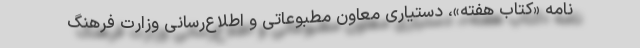
نامه «کتاب هفته»، دستیاری معاون مطبوعاتی و اطلاع‌رسانی وزارت فرهنگ